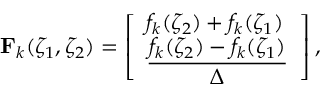
\mathbf F _ { k } ( \zeta _ { 1 } , \zeta _ { 2 } ) = \left[ \begin{array} { l } { f _ { k } ( \zeta _ { 2 } ) + f _ { k } ( \zeta _ { 1 } ) } \\ { \displaystyle \frac { f _ { k } ( \zeta _ { 2 } ) - f _ { k } ( \zeta _ { 1 } ) } \Delta } \end{array} \right] ,